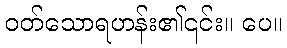
ဝတ်သောရဟန်း၏၎င်း။ ပေ။